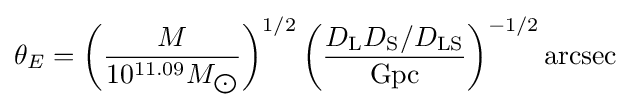
\theta _{E}=\left({\frac {M}{10^{11.09}M_{\bigodot }}}\right)^{1/2}\left({\frac {D_{\rm {L}}D_{\rm {S}}/D_{\rm {LS}}}{\rm {Gpc}}}\right)^{-1/2}{\rm {arcsec}}